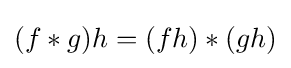
(f*g)h=(fh)*(gh)